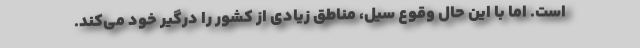
است. اما با این حال وقوع سیل، مناطق زیادی از کشور را درگیر خود می‌کند.